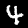
Label: 4